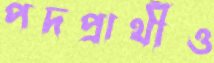
পদপ্রার্থীও